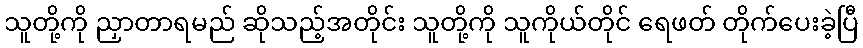
သူတို့ကို ညှာတာရမည် ဆိုသည့်အတိုင်း သူတို့ကို သူကိုယ်တိုင် ရေဖတ် တိုက်ပေးခဲ့ပြီ